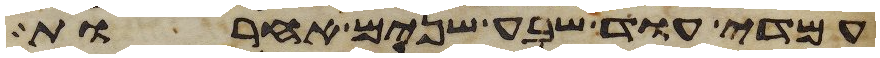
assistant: עמדי עוד שבע שנים אחרות